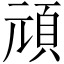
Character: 頑